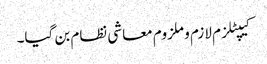
کیپٹلزم لازم و ملزوم معاشی نظام بن گیا۔